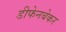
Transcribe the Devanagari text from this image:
डीफेनबेकर